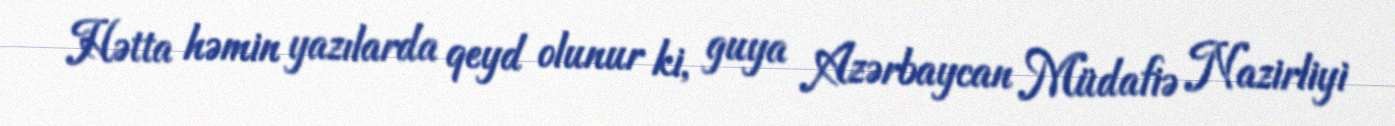
Hətta həmin yazılarda qeyd olunur ki, guya Azərbaycan Müdafiə Nazirliyi